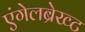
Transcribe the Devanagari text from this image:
एंगेलब्रेख्ट